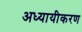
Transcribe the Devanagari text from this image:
अध्यायीकरण